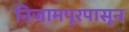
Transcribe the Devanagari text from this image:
निजामपूरपासून